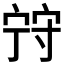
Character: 𡨺